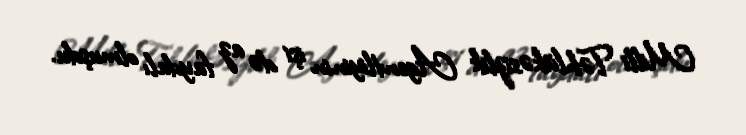
Milli Təhlükəsizlik Agentliyinin işi də az faydalı olmuşdu.